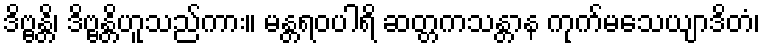
ဒိဗ္ဗန္တိ၊ ဒိဗ္ဗန္တိဟူသည်ကား။ မန္တရဝပါရိ ဆတ္တကသန္တာန ကုက်မသေယျာဒိတံ၊